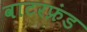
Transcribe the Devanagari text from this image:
वाटरफ्रंड